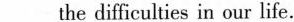
___the difficulties in our life.